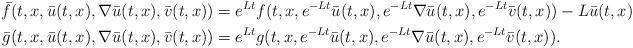
LaTeX: \begin{align*}\bar{f}(t,x,\bar{u}(t,x),\nabla\bar{u}(t,x),\bar{v}(t,x)) & =e^{Lt}f(t,x,e^{-Lt}\bar{u}(t,x),e^{-Lt}\nabla\bar{u}(t,x),e^{-Lt}\bar{v}(t,x))-L\bar{u}(t,x)\\\bar{g}(t,x,\bar{u}(t,x),\nabla\bar{u}(t,x),\bar{v}(t,x)) & =e^{Lt}g(t,x,e^{-Lt}\bar{u}(t,x),e^{-Lt}\nabla\bar{u}(t,x),e^{-Lt}\bar{v}(t,x)).\end{align*}